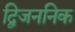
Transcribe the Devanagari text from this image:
द्विजननिक